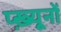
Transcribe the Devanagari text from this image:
प्ख़्यूनों